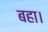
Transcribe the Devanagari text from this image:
बहा।